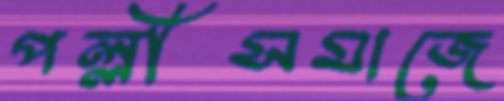
পল্লীসমাজে